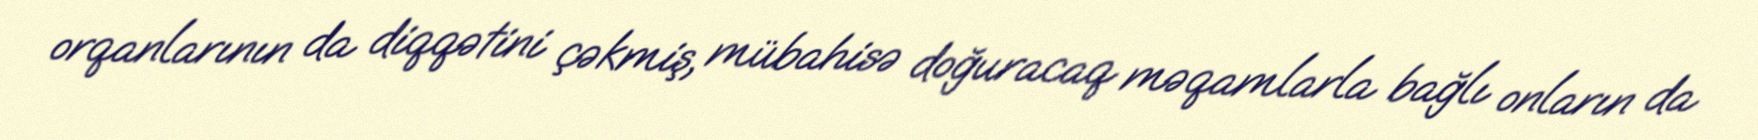
orqanlarının da diqqətini çəkmiş, mübahisə doğuracaq məqamlarla bağlı onların da